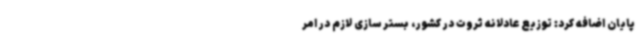
پایان اضافه کرد: توزیع عادلانه ثروت در کشور، بستر سازی لازم در امر